system: You are a helpful assistant.
user:
Analyze the provided spectrum to determine if it is a **"Cataclysmic Variables (CV)"**.

- **Key Indicators for CV (Check for either state):**
    - **State 1: Quiescent / Low-State (Emission-Dominated)**
        - **(Primary):** Strong and *very broad* Hydrogen Balmer emission lines (e.g., $H\alpha$ at 6563 Å, $H\beta$ at 4861 Å). The 'broadness' (high velocity dispersion, often FWHM > 1000 km/s) is the key diagnostic, indicating a high-velocity accretion disk.
        - **(Secondary):** Broad neutral Helium (He I) emission lines (e.g., 5876 Å, 6678 Å).
        - **(Key Confirmation):** Presence of high-excitation *ionized* Helium (He II) emission at 4686 Å. This is a strong indicator of accretion onto a white dwarf.
        - **(Line Profile):** Emission lines may exhibit a 'double-peaked' profile, which is a classic signature of a rotating accretion disk viewed at high inclination.

    - **State 2: Outburst / High-State (Absorption-Dominated)**
        - **(Primary):** Spectrum is dominated by a bright, blue continuum (looks like a hot star).
        - **(Secondary):** The emission lines from State 1 are weak, absent, or 'filled in', and are replaced by broad, shallow *absorption* lines (primarily Balmer and He I).
        - **(Morphology):** The overall spectrum mimics a hot B/A-type star. The crucial difference is that the absorption lines are significantly broader, shallower, and more 'washed-out' (or 'smeared') than the sharp lines of a normal stellar photosphere, due to high rotational speeds and pressure broadening in the disk.

Think first, call **spectral_visualization_tool** if needed to examine features in detail, then provide your final answer. Your response must adhere to the following strict rules:
1.  **Overall Structure:** Your response must follow the format `<think>...</think> <tool_call>...</tool_call> (if a tool is used) <answer>...</answer>`.
2.  **Tool Usage Constraint:** You may only make **one** tool call per turn.
3.  **Final Answer Format:** In the `<answer>` tag, your conclusion must be inside a `\boxed{}` command (e.g., `\boxed{YES}`), followed by your justification.

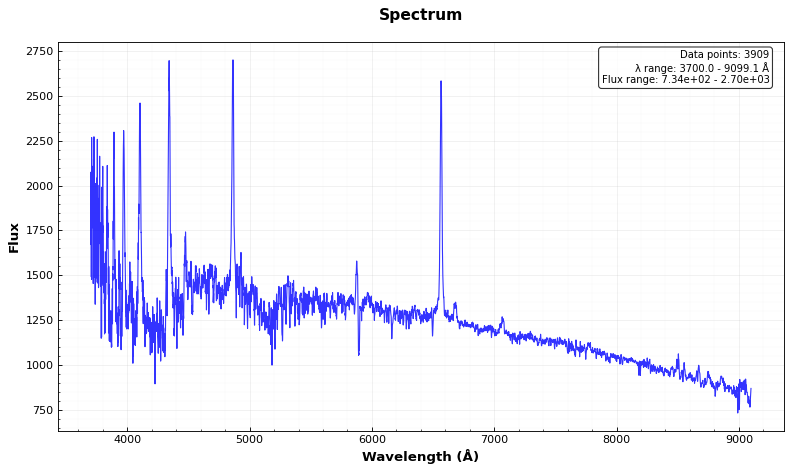
Answer: YES